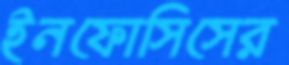
ইনফোসিসের